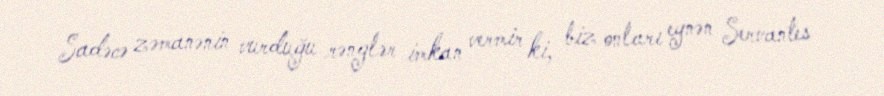
Sadəcə zəmanənin vurduğu rənglər imkan vermir ki, biz onları eynən Servantes